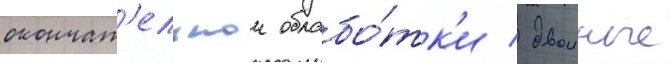
окончат'ельнои обрабо́тк'и / двоиные